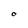
Character: O